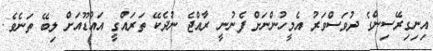
އިނިގިރޭސިންގެ ދުވަސްވަރު އެމީހުންނަށް ފެނުނީ ރާއްޖެ ނުދެކޭ ތަރައްގީ އައްޑޫއަށް ލިބޭ ތަނެވެ.